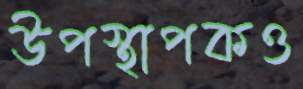
উপস্থাপকও